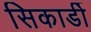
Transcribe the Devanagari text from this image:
सिकार्डी